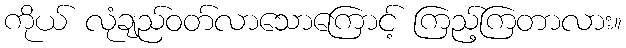
ကိုယ် လုံချည်ဝတ်လာသောကြောင့် ကြည့်ကြတာလား။